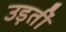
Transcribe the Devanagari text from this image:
उड़तीं